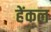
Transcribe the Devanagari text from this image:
हेंकल